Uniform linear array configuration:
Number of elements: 8
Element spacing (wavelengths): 1
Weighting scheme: kaiser
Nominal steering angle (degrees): -60
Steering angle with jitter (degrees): -58.097
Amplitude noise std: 0.05
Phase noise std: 0.05

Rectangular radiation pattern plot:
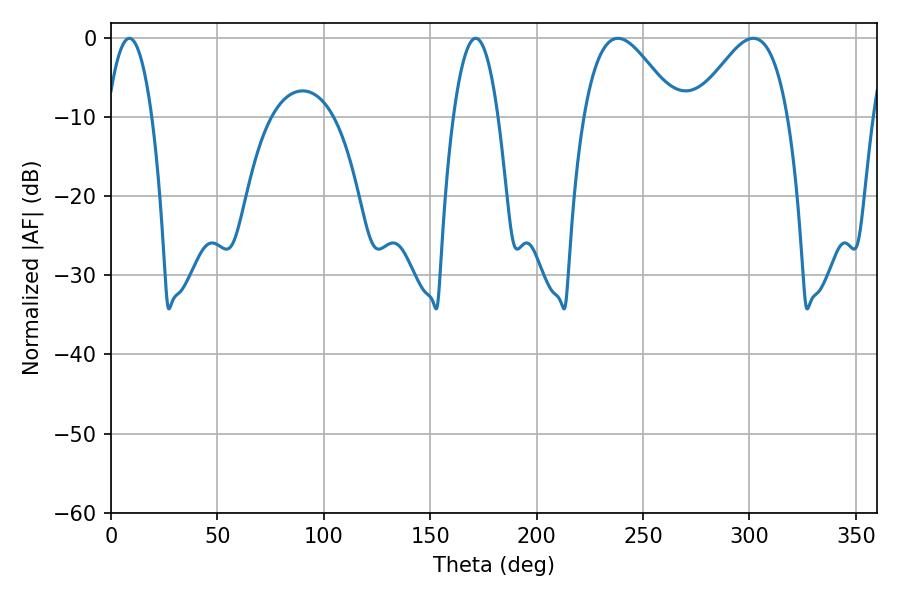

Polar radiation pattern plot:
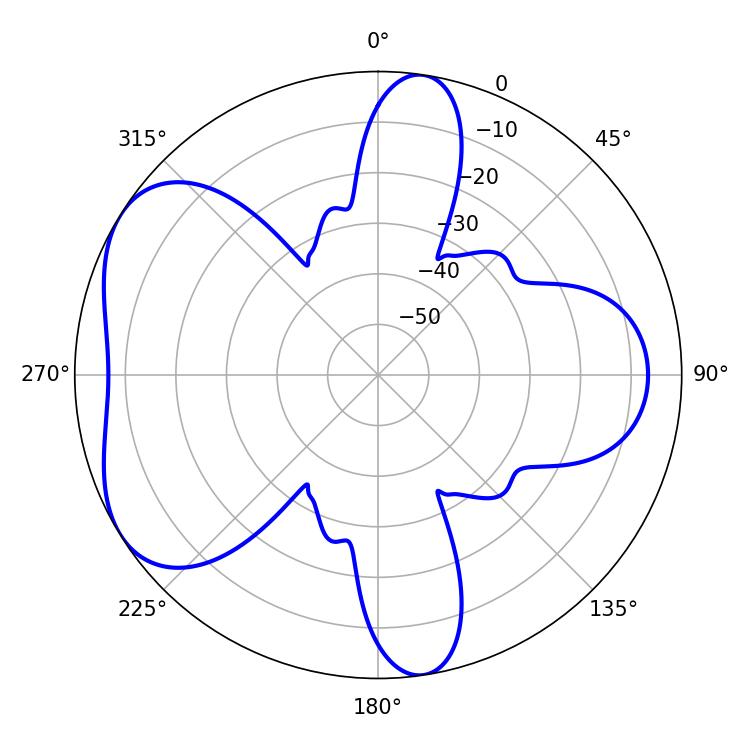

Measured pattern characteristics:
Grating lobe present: TRUE
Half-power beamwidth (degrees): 11.52
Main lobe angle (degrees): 8.64